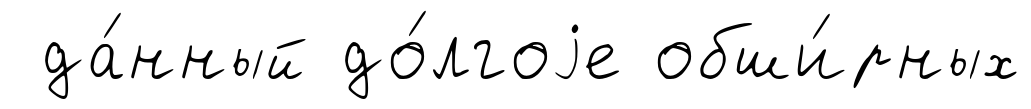
да́нный до́лгоjе обши́рных